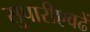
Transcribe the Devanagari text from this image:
सुपारीएवढें